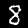
Digit: 8